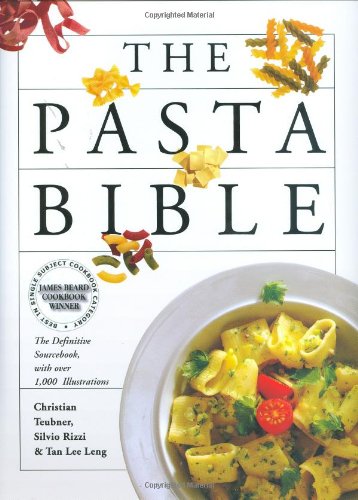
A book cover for The Pasta Bible: The Definitive Sourcebook, With Over 1,000 Illustrations; Christian Teubner; Cookbooks, Food & Wine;